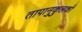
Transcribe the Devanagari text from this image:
तापानुकुलकों